Report of the Indian Hemp Drugs Commission, 1894-1895 - Volume VII
Year: 1894
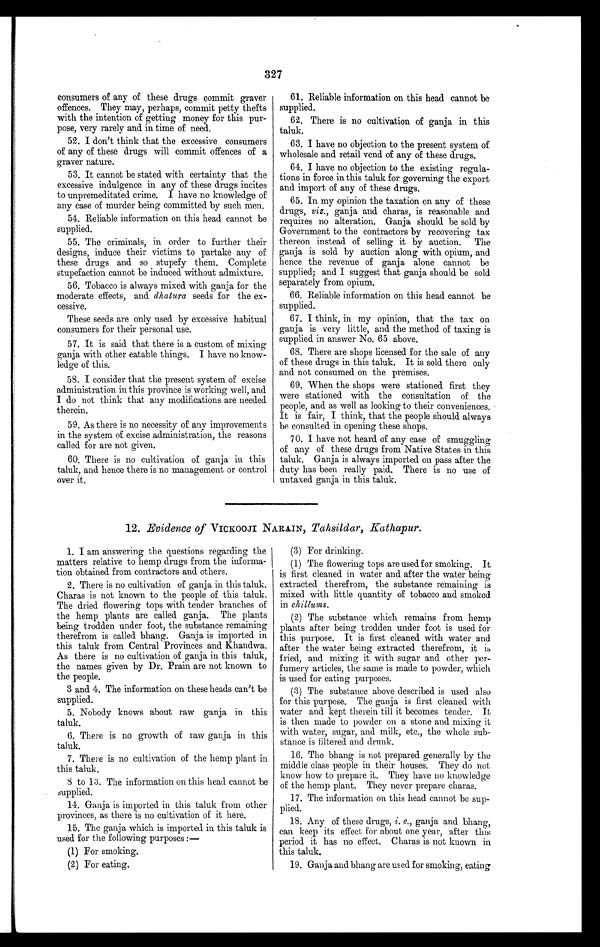
327
consumers or any or these drugs commit graver
offences. They may, perhaps, commit petty thefts
with the intention of getting money for this pur-
pose, very rarely and in time of need.
52.I don't think that the excessive consumers
of any of these drugs will commit offences of a
graver nature.
53.It cannot be stated with certainty that the
excessive indulgence in any of these drugs incites
to unpremeditated crime. I have no knowledge of
any case of murder being committed by such men.
54, Reliable information on this head cannot be
supplied.
55.The criminals, in order to further their
designs, induce their victims to partake any of
these drugs and so stupefy them. Complete
stupefaction cannot be induced without admixture.
56.Tobacco is always mixed with ganja for the
moderate effects, and dhatura seeds for the ex-
cessive.
These seeds are only used by excessive habitual
consumers for their personal use.
57.It is said that there is a custom of mixing
ganja with other eatable things. I have no know-
ledge of this.
58.I consider that the present system of excise
administration in this province is working well, and
I do not think that any modifications are needed
therein.
59. As there is no necessity of any improvements
in the system of excise administration, the reasons
called for are not given.
60.There is no cultivation of ganja in this
taluk, and hence there is no management or control
over it.
61. Reliable information on this head cannot be
supplied.
62.There is no cultivation of ganja in this
taluk.
63.I have no objection to the present system of
wholesale and retail vend of any of these drugs.
64.I have no objection to the existing regula-
tions in force in this taluk for governing the export
and import of any of these drugs.
65.In my opinion the taxation on any of these
drugs, viz., ganja and charas, is reasonable and
requires no alteration. Ganja should be sold by
Government to the contractors by recovering tax
thereon instead of selling it by auction. The
ganja is sold by auction along with opium, and
hence the revenue of ganja alone cannot be
supplied; and I suggest that ganja should be sold
separately from opium.
66.Reliable information on this head cannot be
supplied.
67.I think, in my opinion, that the tax on
ganja is very little, and the method of taxing is
supplied in answer No. 65 above.
68.There are shops licensed for the sale of any
of these drugs in this taluk. It is sold there only
and not consumed on the premises.
69.When the shops were stationed first they
were stationed with the consultation of the
people, and as well as looking to their conveniences.
It is fair, I think, that the people should always
be consulted in opening these shops.
70.I have not heard of any case of smuggling
of any of these drugs from Native States in this
taluk. Ganja is always imported on pass after the
duty has been really paid. There is no use of
untaxed ganja in this taluk.
12. Evidence of VICKOOJI NARAIN, Tahsildar, Kathapur.
1.I am answering the questions regarding the
matters relative to hemp drugs from the informa-
tion obtained from contractors and others.
2.There is no cultivation of ganja in this taluk.
Charas is not known to the people of this taluk.
The dried flowering tops with tender branches of
the hemp plants are called ganja. The plants
being trodden under foot, the substance remaining
therefrom is called bhang. Ganja is imported in
this taluk from Central Provinces and Khandwa.
As there is no cultivation of ganja in this taluk,
the names given by Dr. Prain are not known to
the people.
3 and 4. The information on these heads can't be
supplied.
5.Nobody knows about raw ganja in this
taluk.
6.There is no growth of raw ganja in this
taluk.
7.There is no cultivation of the hemp plant in
this taluk.
S to 13. The information on this head cannot be
supplied.
14.Ganja is imported in this taluk from other
provinces, as there is no cultivation of it here.
15.The ganja which is imported in this taluk is
used for the following purposes :—
(1)For smoking,
(2)For eating.
(3)For drinking.
(1)The flowering tops are used for smoking. It
is first cleaned in water and after the water being
extracted therefrom, the substance remaining is
mixed with little quantity of tobacco and smoked
in chillums.
(2)The substance which remains from hemp
plants after being trodden under foot is used for
this purpose. It is first cleaned with water and
after the water being extracted therefrom, it is
fried, and mixing it with sugar and other per-
fumery articles, the same is made to powder, which
is used for eating purposes.
(3)The substance above described is used also
for this purpose. The ganja is first cleaned with
water and kept therein till it becomes tender. It
is then made to powder on a stone and mixing it
with water, sugar, and milk, etc., the whole sub-
stance is filtered and drunk.
16.The bhang is not prepared generally by the
middle class people in their houses. They do not
know how to prepare it. They have no knowledge
of the hemp plant. They never prepare charas.
17. The information on this head cannot. be sup-
plied.
18.Any of these drugs, i. e., ganja and bhang,
can keep its effect for about one year, after this
period it has no effect. Charas is not known in
this taluk.
19.Ganja and bhang are used for smoking, eating